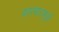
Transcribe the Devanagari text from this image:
कारभारामुळें